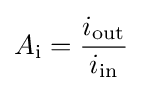
A_{\text{i}}={\frac {i_{\text{out}}}{i_{\text{in}}}}